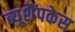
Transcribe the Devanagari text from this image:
ब्यूशैंपकेस